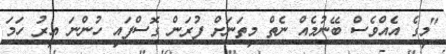
"މީގެ އެއްވެސް ބޭނުމެއް ނެތް މިތަނަށް ފުރަން ގޮސްފައި ހުންނަ އިރު ހަމަ